Vaccination in Bombay 1869-1873 - 1869-1873
Year: 1869
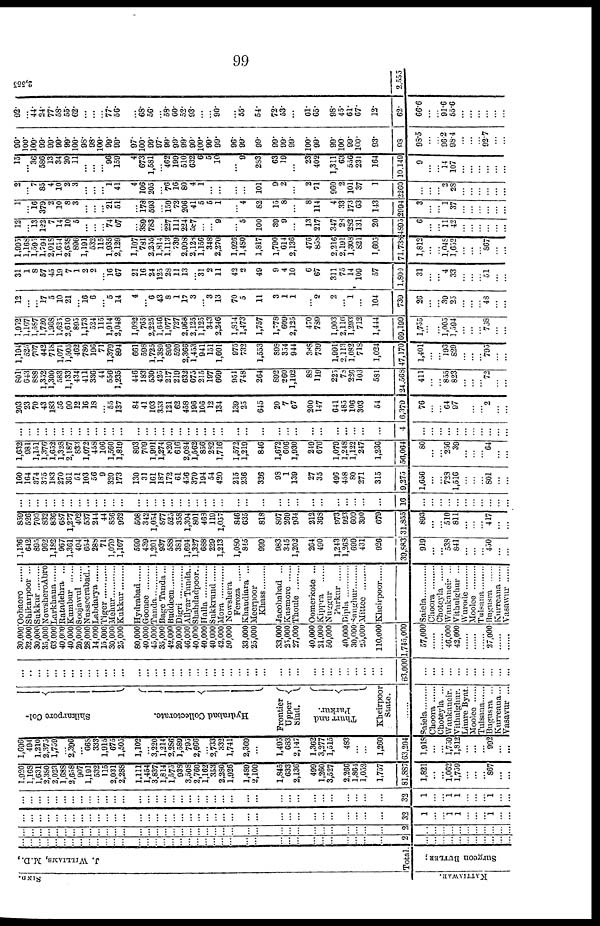
99
SIND.
KATTIAWAR.
J. WILLIAMS, M.D.,
Total.
Surgeon BUTLER;
...
...
...
...
...
...
...
...
... ...
...
...
...
...
...
...
...
...
...
...
...
...
...
...
...
...
...
...
...
...
...
...
...
...
...
...
...
2
...
...
... ...
...
... ...
...
...
...
...
...
...
...
...
...
...
...
..
... ...
...
...
...
...
...
...
...
...
...
...
...
...
...
...
...
...
...
...
...
...
...
...
...
...
...
...
...
3
...
...
... ...
...
... ...
...
...
...
...
...
...
...
...
...
...
...
...
... ...
...
...
...
...
...
...
...
...
...
...
...
...
...
...
...
...
...
...
...
...
...
...
...
...
...
...
...
32
1
...
... 1
1
... ...
... 1
...
...
...
...
...
...
...
...
...
...
... ...
...
...
...
...
...
...
...
...
...
...
...
...
...
...
...
...
...
...
...
...
...
...
...
...
...
...
...
32
1
...
... 1
1
... ...
... 1
...
...
1,920
1,168
1,631
2,380
2,023
1,688
2,658
907
1,191
532
115
2,031
2,288
1,111
1,454
3,837
1,814
1,575
938
3,508
2,760
1,162
353
2,280
1,926
1,489
2,100
1,845
633
2,136
499
1,260
3,527
2,266
1,864
1,052
1,757
81,887
1,821
...
... 1,062
1,759
... ...
... 867
...
...
1,696
494
1,210
2,375
1,759
... 2,396
... 668
333
1,915
675
1,505
1,102
... 3,220
1,214
2,286
1,589
795
2,666
... 2,733
332
1,741
2,369
...
1,495
683
2,147
1,362
3,277
1,515
483
...
...
1,260
63,204
1,918
...
... 1,759
1,812
... ...
... 992
...
...
Shikarpore Col-
Hydrabad Collectorate.
Frontier
Upper
Sind.
Thurr and
Parkur.
Kheirpoor
State.
......
Saiela .........
Choora ......
Choteyla ...
Wankaneir ...
Vithulghur.
Limre Byat .
Moolee ......
Tulsana ......
Bugusra ..
Kurreana..
Vasavur ..
...
...
...
...
... ...
...
...
... ...
...
...
...
...
...
...
...
...
...
...
...
...
...
...
...
...
...
...
...
...
...
...
...
...
...
...
...
...
63,000
...
...
...
...
...
... ... ...
...
...
...
30,000
32,000
30,000
35,000
63,000
40,000
40,000
20,000
28,000
14,000
15,000
30,000
25,000
80,000
40,000
45,000
35,000
42,000
20,000
46,000
40,000
40,000
40,000
42,000
50,000
33,000
25,000
33,000
25,000
27,000
40,000
21,000
50,000
40,000
30,000
25,000
110,000
1,745,000
57,000
......
...... 46,000
42,000
... ...
... 27,000
...
...
Oobaoro
Shikarpoor ...
Sukkur
NowsheroAbro
Larkhana
Ratadehra ...
Kumbur ......
Soojawul ......
Nusseerabad..
Labdarya ......
Tiger ......
Mehur ......
Kukkur ......
Hydrabad ......
Goonee .........
Tanda .........
Bage Tanda...
Buddeen .........
Digri...... AllyarTanda..
Shahdadpoor..
Halla ............
Sukkrund ......
Mora .........
Nowshera
Feroza ......
Khandiara ...
Meerpoor
Khass .........
Jacobabad ...
Kusmore
Thoule
Oomerkote ...
Kippra
Nuggur
Parkur
Dipla
Saghur .........
Mittee .........
Kheirpoor ......
Saiela .........
Choora ......
Choteyla
Wankaneir ...
Vithulghur ...
Wurode ...
Moolee ......
Tulsana ......
Bugusra
Kurreana
Vasavur..
1,136
642
895
962
1,182
967
1,361
494
654
288
71
1,079
1,167
599
439
1,201
937
588
381
1,694
1,327
688
229
1,213
1,080
845
999
983
345
1,202
264
490
1,243
1,208
699
431
926
39,883
919
...
... 538
841
... ...
... 450
...
...
859
526
700
832
836
687
1,277
402
537
244
44
856
962
508
342
1,054
877
525
358
1,304
801
468
119
1,057
846
635
818
807
269
934
212
368
973
923
600
390
679
31,855
893
...
... 510
811
... ...
... 417
...
...
...
...
...
...
...
...
...
...
... ...
...
...
...
...
...
...
...
...
...
...
...
...
...
...
...
...
...
...
...
...
...
...
...
...
...
...
...
16
...
...
... ...
...
... ...
...
...
...
...
160
164
374
375
183
270
361
51
103 56
9
320
173
130
31 161
187
172
61
456
370
194
54
420
215
236
326
98
1
139
27
35
496
458
80
271
315
9,275
1,656
...
... 728
1,516
... ...
... 801
...
...
1,632
981
1,151
1,376
1,652
1,328
2,187
833
1,072
458
106
1,560
1,819
893
709
1,991
1,274
820
616
2,084
1,562
856
292
1,716
1,572
1,219
846
1,672
606
1,930
249
676
1,079
1,248
1,122
247
1,236
56,064
80
...
... 256
39
... ...
... 64
...
...
...
...
...
...
...
...
...
...
... ...
...
...
...
...
...
...
...
...
...
...
...
...
...
...
...
...
...
...
...
...
...
...
...
...
...
...
...
4
...
...
... ... ...
... ...
...
...
...
...
203
23
70
43
183
56
90
12
16 18
... 55
137
84
41 103
353
121
62
458 196
106
12 134
139
25
645
20
7
67
200
147
641
485
106
303
54
6,379
76
...
... 64
97
... ...
...
2
...
...
801
643
888
1,352
1,300 583
1,133
434
411 336
44
556 1,235
446
183
530 425
217
219
632 675
215
197 669
951
748
264
892
260
1,192
88
119
225
78
226
103
581
24,568
411
...
... 855
823
... ...
...
72
...
...
1,194
525
707
442
718
1,071
1,505
462
780 196
71
1,379
894
661
598 1,725
1,389
896 520
2,366 1,453
941
151 1,601
975
732
1,553
898
354
944
388
739
1,991
2,113
1,082
718
1,024
47,170
1,401
...
... ... 829
... ...
...
795
...
...
1,952
1,167
1,587
1,720
1,968 1,625
2,610
895
1,173 524
115
1,914
2,048
1,082
765
2,225
1,646
1,077
727
2,968
2,125
1,125
343
2,246
1,814
1,473
1,757
1,778
609
2,125
470
789
1,903
2,116
1,293
712
1,444
69,199
1,755
...
...
... 1,594
... ...
...
708
...
...
12
...
... 17
5
10
21
...
16 6
...
5 14
4
...
6 43
8
1
17
3
...
3
13
70
5
11
3
1
1
...
2
2
...
1
...
104
739
26
...
...
... 25
... ...
...
48
...
...
31
1
8
57
45
19
7
1
2 2
... 16
67
21
16 24
125
28
11
13
... 31
2 11
42
2
49
9
4
10
6
67
311
75
14
109
57
1,809
31
...
... 4
33
... ...
...
51
...
...
1,995
1,168
1,595
1,794
2,018 1,654
2,638
896
1,191 532
115
1,935
2,129
1,107
781
2,255
1,814
1,113
739
2,998
2,128
1,156
348
2,270
1,926
1,480
1,817
1,790
614
2,136
476
858
2,216
2,191
1,308
821
1,605
71,738
1,812
...
...
1,048 1,652
... ...
...
867
...
...
12
... 13
122
7
14
10 5
... ...
...
74 67
...
389
783
...
227
111
224 587
...
...
9
...
5
100
39
9
...
13
217
347
28
282
131
20
4895
6
...
...
11 42
... ...
...
...
...
...
1
... 16
379
2 10
8 3
... ...
...
21 51
...
178 593
...
159
72
206 41
5
5 1
...
4
82
15
8
...
8
114
4
33
173
63
143
2994
3
...
...
1 37
... ...
...
...
...
...
2
... 7
85
4 10
2
3
... ...
...
1
41
4
106
205
...
76
16
80
4
1
...
...
...
...
101
9
2
...
2
71
960
2
101
37
1
2260
...
...
...
2 28
... ...
...
...
...
...
15
... 36
586
13
34
20
11
... ...
...
96
159
4
673
1,581
...
199
199
510
632
6
5
10
...
9
283
63
19
...
23
402
1,311
63
556
231
164
10,140
9
...
...
14
107
... ...
...
...
...
...
99.
100.
100.
99.
99.
99.
99.
100.
98. 98.
100.
99.
99.
97.
100.
99.
97.
99.
99.
99.
99.
100.
99.
99.
96.
99.
99.
99.
99.
99.
100.
99.
99.
100.
99.
100.
93.
98
98.5
...
...
96.2
98.4
... ...
...
92.7
...
...
92.
...
44.
24.
77.
58.
55.
62.
... ...
...
77.
56.
...
68.
56.
...
60.
60.
52.
93.
...
...
90.
...
55.
54.
72.
53.
...
61.
65.
98.
45.
61.
67.
12.
62.
66.6
...
...
91.6
55.6
... ...
...
...
...
...
2,555
2,555